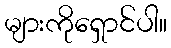
များကိုရှောင်ပါ။